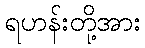
ရဟန်းတို့အား